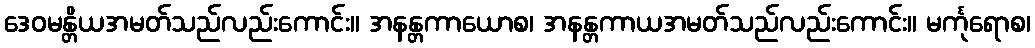
ဒေဝမန္တိယအမတ်သည်လည်းကောင်း။ အနန္တကာယောစ၊ အနန္တကာယအမတ်သည်လည်းကောင်း။ မင်္ကုရောစ၊